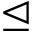
\trianglelefteq